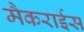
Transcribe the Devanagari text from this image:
मैकराईस